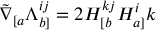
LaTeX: \tilde { \nabla } _ { [ a } \Lambda _ { b ] } ^ { i j } = 2 H _ { [ b } ^ { k j } H _ { a ] } ^ { i } { k }